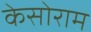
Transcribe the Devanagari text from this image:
केसोराम